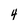
Character: 4